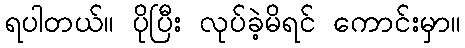
ရပါတယ်။ ပိုပြီး လုပ်ခဲ့မိရင် ကောင်းမှာ။